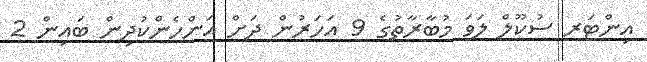
އިންޓަރ ސުކޫލް ލަވަ މުބާރާތުގެ 9 އަހަރުން ދަށް އަންހެންކުދިން ބައިން 2